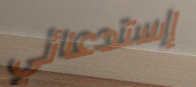
إستدعائي